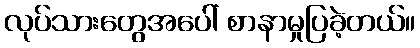
လုပ်သားတွေအပေါ် စာနာမှုပြခဲ့တယ်။